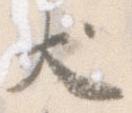
犬